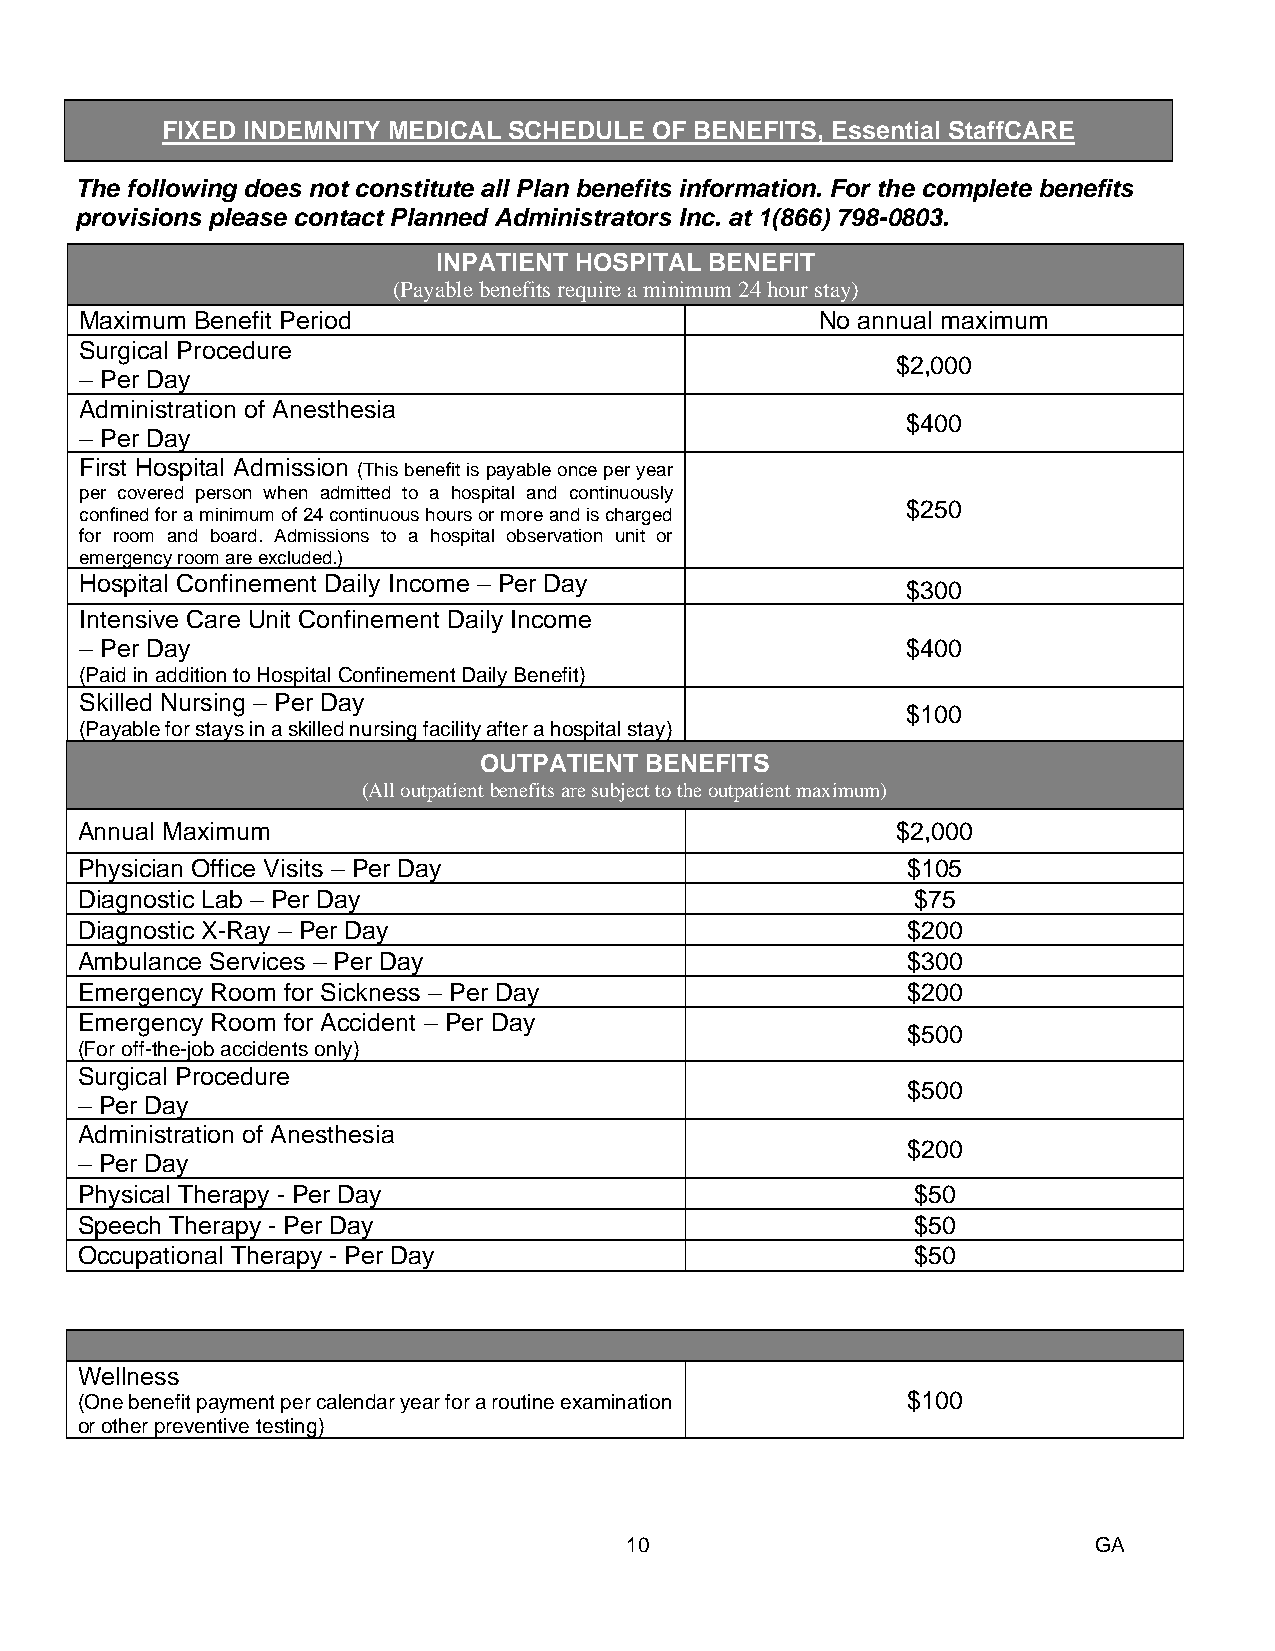
FIXED INDEMNITY MEDICAL SCHEDULE OF BENEFITS, Essential StaffCARE
 The following does not constitute all Plan benefits information. For the complete benefits
 provisions please contact Planned Administrators Inc. at 1(866) 798-0803.
 INPATIENT HOSPITAL BENEFIT
 43B
 (Payable benefits require a minimum 24 hour stay)
 Maximum Benefit Period                           No annual maximum
 Surgical Procedure
 $2,000
 – Per Day
 Administration of Anesthesia
 $400
 – Per Day
 First Hospital Admission (This benefit is payable once per year
 per covered person when admitted to a hospital and continuously
 $250
 confined for a minimum of 24 continuous hours or more and is charged
 for room and board. Admissions to a hospital observation unit or
 emergency room are excluded.)
 Hospital Confinement Daily Income – Per Day            $300
 Intensive Care Unit Confinement Daily Income
 – Per Day                                              $400
 (Paid in addition to Hospital Confinement Daily Benefit)
 Skilled Nursing – Per Day
 $100
 (Payable for stays in a skilled nursing facility after a hospital stay)
 OUTPATIENT BENEFITS
 (All outpatient benefits are subject to the outpatient maximum)
 A nnual Maximum                                       $2,000
 35B
 36B
 Physician Office Visits – Per Day                      $105
 Diagnostic Lab – Per Day                               $75
 Diagnostic X-Ray – Per Day                             $200
 Ambulance Services – Per Day                           $300
 Emergency Room for Sickness – Per Day                  $200
 Emergency Room for Accident – Per Day
 $500
 (For off-the-job accidents only)
 Surgical Procedure
 $500
 – Per Day
 Administration of Anesthesia
 $200
 – Per Day
 Physical Therapy - Per Day                             $50
 Speech Therapy - Per Day                               $50
 Occupational Therapy - Per Day                         $50
 Wellness
 (One benefit payment per calendar year for a routine examination $100
 or other preventive testing)
 10                              GA